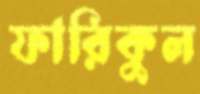
ফারিকুল